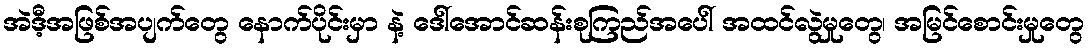
အဲဒီ့အဖြစ်အပျက်တွေ နောက်ပိုင်းမှာ နဲ့ ဒေါ်အောင်ဆန်းစုကြည်အပေါ် အထင်လွဲမှုတွေ၊ အမြင်စောင်းမှုတွေ